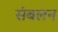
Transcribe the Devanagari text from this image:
संबलन